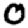
Digit: 0